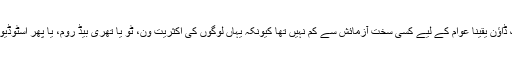
یہ 2 ماہ کا سخت ترین لاک ڈاؤن یقیناً عوام کے لیے کسی سخت آزمائش سے کم نہیں تھا کیونکہ یہاں لوگوں کی اکثریت ون، ٹو یا تھری بیڈ روم، یا پھر اسٹوڈیو اپارٹمنٹس تک محدود رہی۔